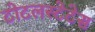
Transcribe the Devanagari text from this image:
टोटलस्टेटेस